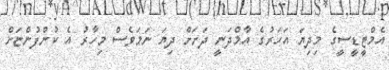
އެމްޓީޑީސީގެ މިދިޔަ އަހަރުގެ އާމްދަނީ ދަށަށް ދިޔަ ނަމަވެސް މިހާރު އެ ކުންފުންޏަށް